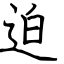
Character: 迫